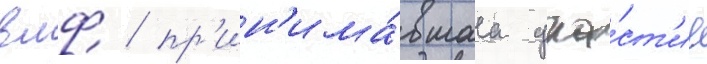
вмф / пр'ин'има́вшаа уча́ст'ие